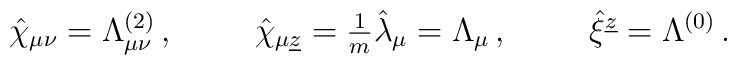
\hat{\chi}_{\mu\nu} = \Lambda^{(2)}_{\mu\nu}\, ,\hspace{1cm}\hat{\chi}_{\mu\underline{z}}={\textstyle\frac{1}{m}}\hat{\lambda}_{\mu}=\Lambda_{\mu}\, ,\hspace{1cm}\hat{\xi}^{\underline{z}}=\Lambda^{(0)}\, .